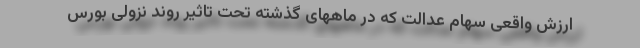
ارزش واقعی سهام عدالت که در ماههای گذشته تحت تاثیر روند نزولی بورس